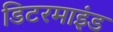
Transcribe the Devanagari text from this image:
डिटरमाइंड